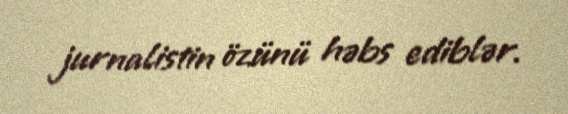
jurnalistin özünü həbs ediblər.